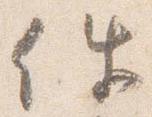
件